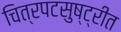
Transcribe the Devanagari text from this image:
चित्रपटसुष्ट्रीत